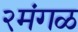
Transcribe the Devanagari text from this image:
२मंगळ